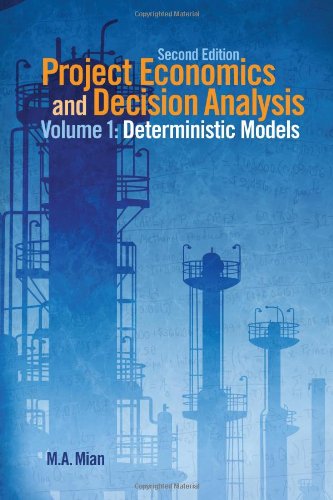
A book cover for Project Economics and Decision Analysis, Volume 1: Determinisitic Models; M. A. Mian; Business & Money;